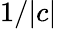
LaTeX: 1/|c|